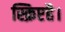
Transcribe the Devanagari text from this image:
स्क्रिप्टहै।